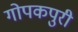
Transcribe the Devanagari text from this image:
गोपकपुरी